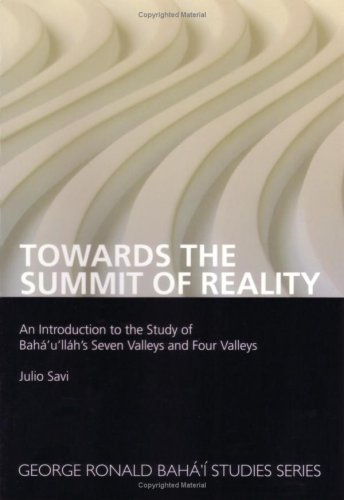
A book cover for Towards the Summit of Reality: An Introduction to the Study of Baha'u'llah's Seven Valleys and Four Valleys; Julio Savi; Religion & Spirituality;